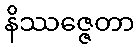
နိဿဇ္ဇေတာ